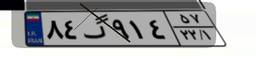
۸۴گ۹۱۴۵۷